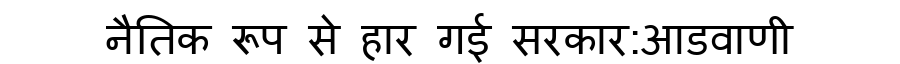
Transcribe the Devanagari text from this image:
नैतिक रूप से हार गई सरकार:आडवाणी